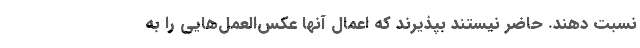
نسبت دهند. حاضر نیستند بپذیرند که اعمال آنها عکس‌العمل‌هایی را به